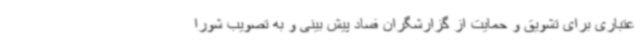
عتباری برای تشویق و حمایت از گزارشگران فساد پیش بینی و به تصویب شورا